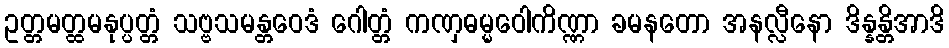
ဥတ္တမတ္ထမနုပ္ပတ္တံ သဗ္ဗသမန္တဝေဒံ ဂေါတ္တံ ကဏှဓမ္မဝေါကိဏ္ဏာ ခမနတော အနလ္လီနော ဒိန္နန္တိအာဒိ